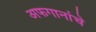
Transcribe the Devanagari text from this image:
अफगानांचे